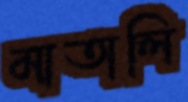
মাতালি